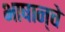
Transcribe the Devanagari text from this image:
भाषान्चे